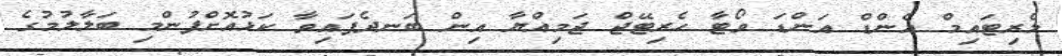
މެރިޓައިމް އެންޑް އަންޑަ ވޯޓާ ހެރިޓޭޖް ޖަމިއްޔާ އިން ބަނދެފައިވާ ކަޅުއޮށްފުންމި ބަލާލުމުގެ